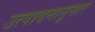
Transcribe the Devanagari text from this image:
उत्पादनानुसार